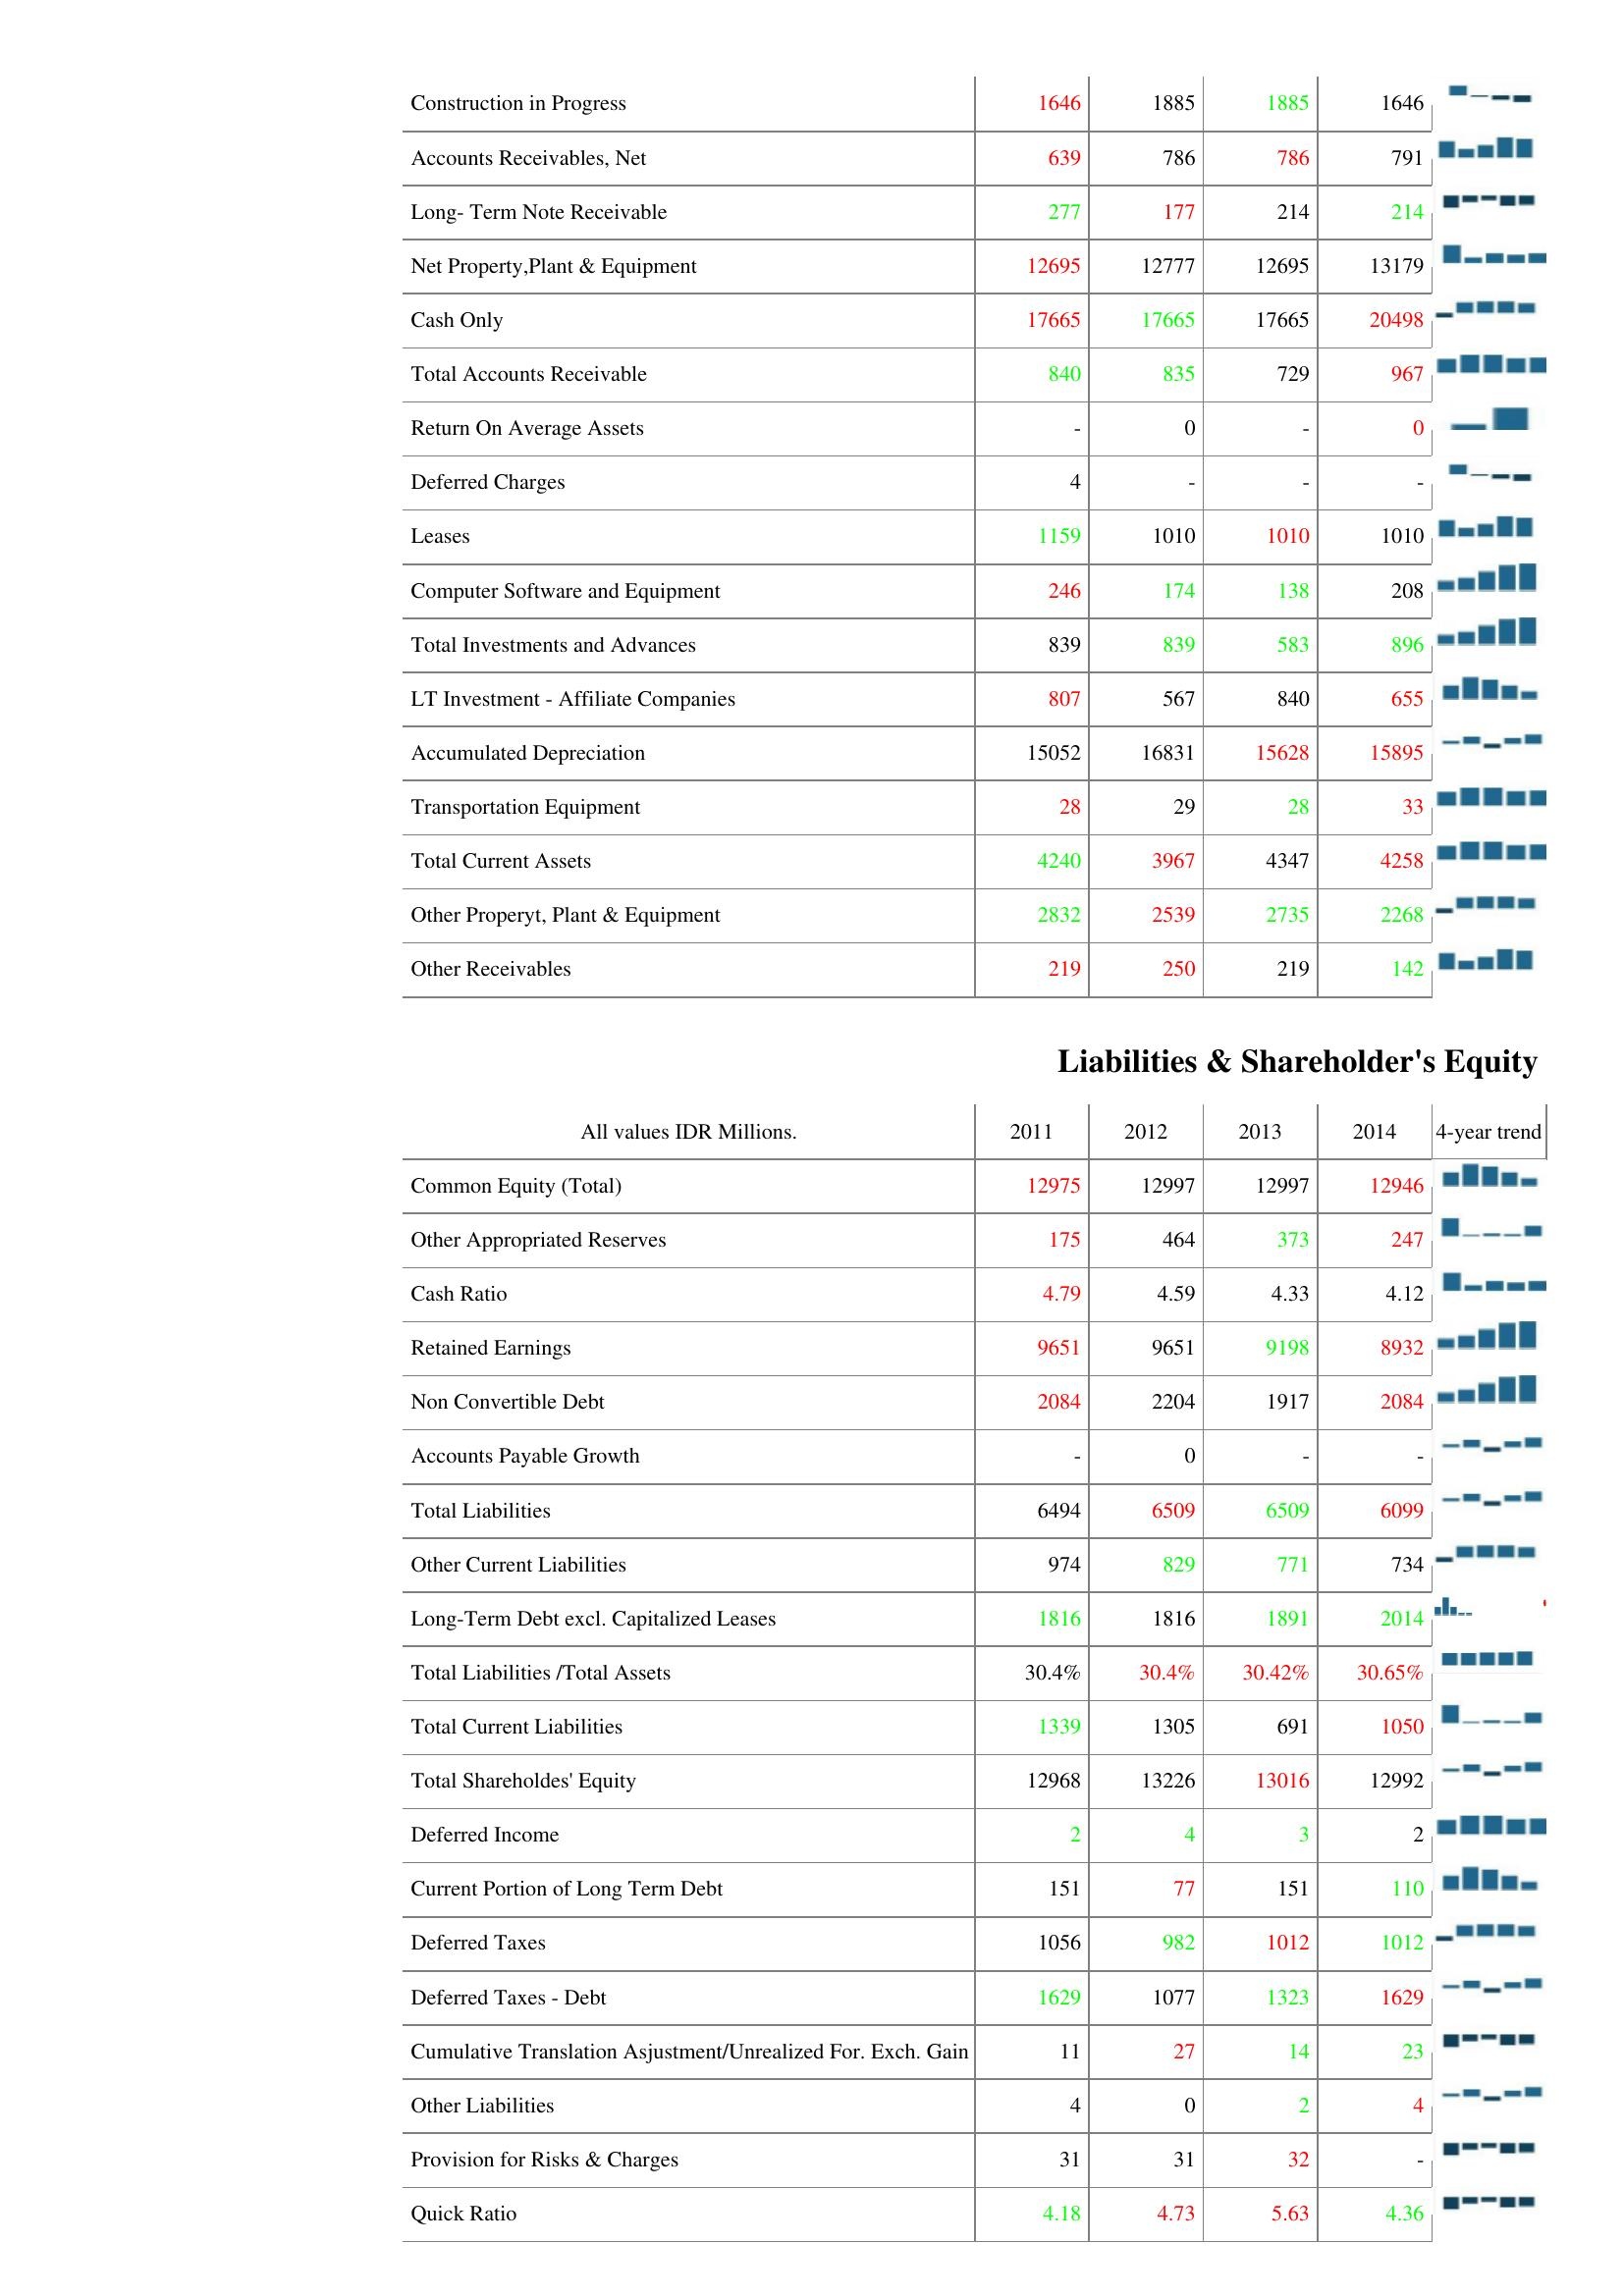
2011: Assets: Construction in Progress: 1646
Accounts Receivables, Net: 639
Long- Term Note Receivable: 277
Net Property,Plant & Equipment: 12695
Cash Only: 17665
Total Accounts Receivable: 840
Return On Average Assets: -
Deferred Charges: 4
Leases: 1159
Computer Software and Equipment: 246
Total Investments and Advances: 839
LT Investment - Affiliate Companies: 807
Accumulated Depreciation: 15052
Transportation Equipment: 28
Total Current Assets: 4240
Other Properyt, Plant & Equipment: 2832
Other Receivables: 219
Liabilities & Shareholder's Equity: Common Equity (Total): 12975
Other Appropriated Reserves: 175
Cash Ratio: 4.79
Retained Earnings: 9651
Non Convertible Debt: 2084
Accounts Payable Growth: -
Total Liabilities: 6494
Other Current Liabilities: 974
Long-Term Debt excl. Capitalized Leases: 1816
Total Liabilities /Total Assets: 30.4%
Total Current Liabilities: 1339
Total Shareholdes' Equity: 12968
Deferred Income: 2
Current Portion of Long Term Debt: 151
Deferred Taxes: 1056
Deferred Taxes - Debt: 1629
Cumulative Translation Asjustment/Unrealized For. Exch. Gain: 11
Other Liabilities: 4
Provision for Risks & Charges: 31
Quick Ratio: 4.18
2012: Assets: Construction in Progress: 1885
Accounts Receivables, Net: 786
Long- Term Note Receivable: 177
Net Property,Plant & Equipment: 12777
Cash Only: 17665
Total Accounts Receivable: 835
Return On Average Assets: 0
Deferred Charges: -
Leases: 1010
Computer Software and Equipment: 174
Total Investments and Advances: 839
LT Investment - Affiliate Companies: 567
Accumulated Depreciation: 16831
Transportation Equipment: 29
Total Current Assets: 3967
Other Properyt, Plant & Equipment: 2539
Other Receivables: 250
Liabilities & Shareholder's Equity: Common Equity (Total): 12997
Other Appropriated Reserves: 464
Cash Ratio: 4.59
Retained Earnings: 9651
Non Convertible Debt: 2204
Accounts Payable Growth: 0
Total Liabilities: 6509
Other Current Liabilities: 829
Long-Term Debt excl. Capitalized Leases: 1816
Total Liabilities /Total Assets: 30.4%
Total Current Liabilities: 1305
Total Shareholdes' Equity: 13226
Deferred Income: 4
Current Portion of Long Term Debt: 77
Deferred Taxes: 982
Deferred Taxes - Debt: 1077
Cumulative Translation Asjustment/Unrealized For. Exch. Gain: 27
Other Liabilities: 0
Provision for Risks & Charges: 31
Quick Ratio: 4.73
2013: Assets: Construction in Progress: 1885
Accounts Receivables, Net: 786
Long- Term Note Receivable: 214
Net Property,Plant & Equipment: 12695
Cash Only: 17665
Total Accounts Receivable: 729
Return On Average Assets: -
Deferred Charges: -
Leases: 1010
Computer Software and Equipment: 138
Total Investments and Advances: 583
LT Investment - Affiliate Companies: 840
Accumulated Depreciation: 15628
Transportation Equipment: 28
Total Current Assets: 4347
Other Properyt, Plant & Equipment: 2735
Other Receivables: 219
Liabilities & Shareholder's Equity: Common Equity (Total): 12997
Other Appropriated Reserves: 373
Cash Ratio: 4.33
Retained Earnings: 9198
Non Convertible Debt: 1917
Accounts Payable Growth: -
Total Liabilities: 6509
Other Current Liabilities: 771
Long-Term Debt excl. Capitalized Leases: 1891
Total Liabilities /Total Assets: 30.42%
Total Current Liabilities: 691
Total Shareholdes' Equity: 13016
Deferred Income: 3
Current Portion of Long Term Debt: 151
Deferred Taxes: 1012
Deferred Taxes - Debt: 1323
Cumulative Translation Asjustment/Unrealized For. Exch. Gain: 14
Other Liabilities: 2
Provision for Risks & Charges: 32
Quick Ratio: 5.63
2014: Assets: Construction in Progress: 1646
Accounts Receivables, Net: 791
Long- Term Note Receivable: 214
Net Property,Plant & Equipment: 13179
Cash Only: 20498
Total Accounts Receivable: 967
Return On Average Assets: 0
Deferred Charges: -
Leases: 1010
Computer Software and Equipment: 208
Total Investments and Advances: 896
LT Investment - Affiliate Companies: 655
Accumulated Depreciation: 15895
Transportation Equipment: 33
Total Current Assets: 4258
Other Properyt, Plant & Equipment: 2268
Other Receivables: 142
Liabilities & Shareholder's Equity: Common Equity (Total): 12946
Other Appropriated Reserves: 247
Cash Ratio: 4.12
Retained Earnings: 8932
Non Convertible Debt: 2084
Accounts Payable Growth: -
Total Liabilities: 6099
Other Current Liabilities: 734
Long-Term Debt excl. Capitalized Leases: 2014
Total Liabilities /Total Assets: 30.65%
Total Current Liabilities: 1050
Total Shareholdes' Equity: 12992
Deferred Income: 2
Current Portion of Long Term Debt: 110
Deferred Taxes: 1012
Deferred Taxes - Debt: 1629
Cumulative Translation Asjustment/Unrealized For. Exch. Gain: 23
Other Liabilities: 4
Provision for Risks & Charges: -
Quick Ratio: 4.36